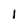
Character: 1